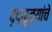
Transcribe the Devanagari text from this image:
दृष्कृत्यांचे